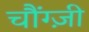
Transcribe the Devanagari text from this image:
चौंग्ज़ी